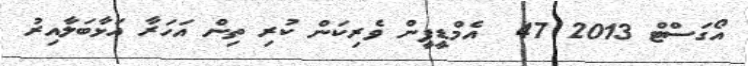
އޯގަސްޓް 2013 47  އެމްޑީޕީން ވެރިކަން ކުރި ތިން އަހަރާ އަޅާބަލާއިރު